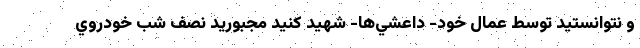
و نتوانستيد توسط عمال خود- داعشي‌ها- شهيد كنيد مجبوريد نصف شب خودروي